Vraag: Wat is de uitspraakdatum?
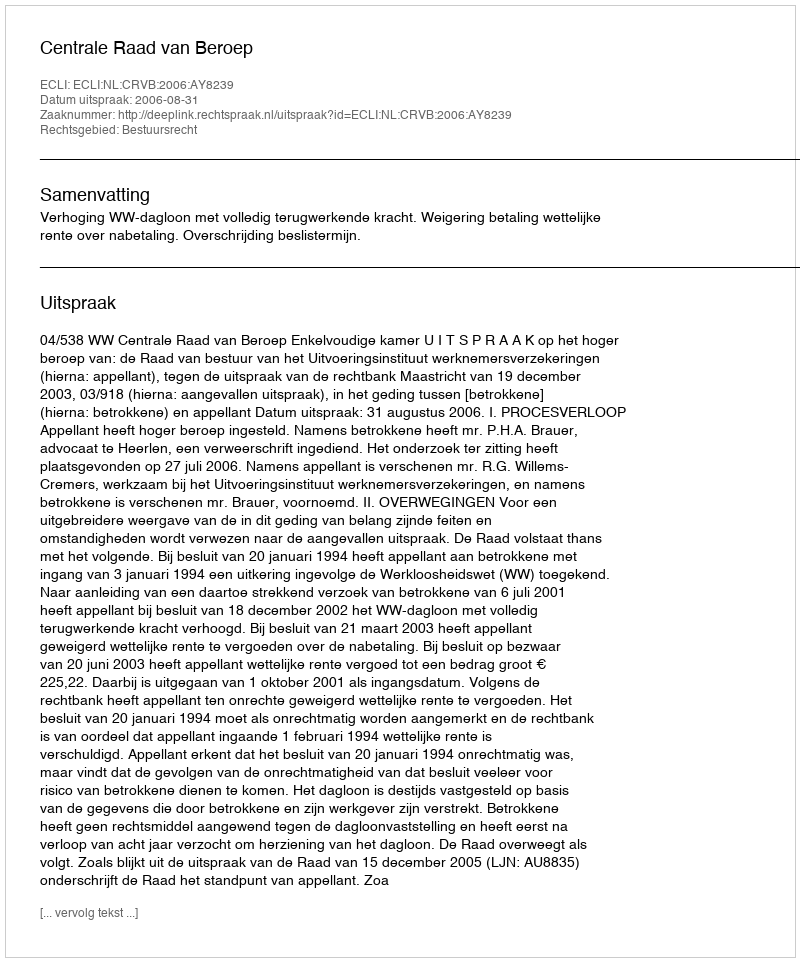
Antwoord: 2006-08-31